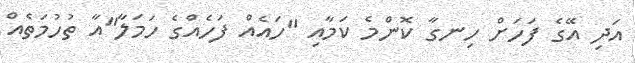
އަދި އޭގެ ފަހަށް ހިނގާ ކޮންމެ ކަމާއި "ހައެއް ފަހެއްގެ ހަމަލާ"އާ ތުހުމަތެއް